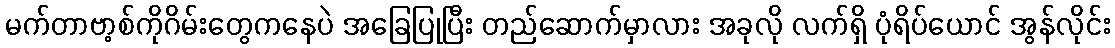
မက်တာဗာ့စ်ကိုဂိမ်းတွေကနေပဲ အခြေပြုပြီး တည်ဆောက်မှာလား အခုလို လက်ရှိ ပုံရိပ်ယောင် အွန်လိုင်း